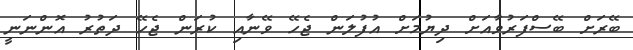
ބޭރަށް ބޭސްފަރުވާއަށް ދިޔުމަށް އުފުލަން ޖެހޭ ވޭނާއި ކުރަން ޖެހޭ ދަތުރު އޮންނަނީ